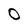
Character: O